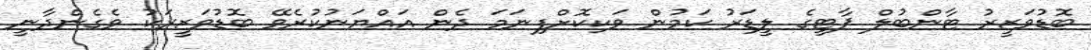
ބޮޑުވަޒީރު ޓާންބުލް ޕާޓީގެ ލީޑަރު ކަމުން ވަކިކޮށްފިނަމަ ދެން އައްޔަނުކުރެވޭ ބޮޑުވަޒީރަކު ވެގެންދާނީ